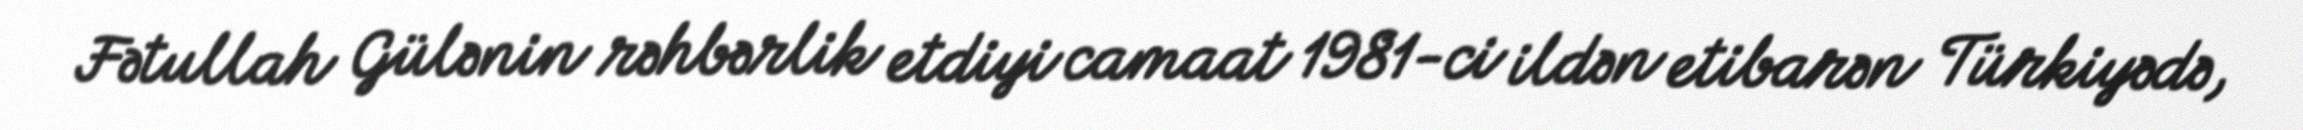
Fətullah Gülənin rəhbərlik etdiyi camaat 1981-ci ildən etibarən Türkiyədə,